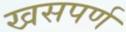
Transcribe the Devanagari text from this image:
खसपर्ण